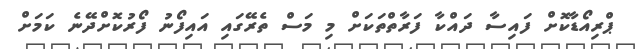
ޕްރިއޯޑާކޮށް ފައިސާ ދައްކާ ފަރާތްތަކަށް މި މަސް ތެރޭގައި އައިފޯނު ފޯރުކޮށްދޭނެ ކަމަށް